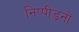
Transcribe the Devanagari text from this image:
निष्पीड़नों